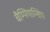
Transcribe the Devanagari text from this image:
चैम्पियाम्शिप